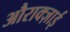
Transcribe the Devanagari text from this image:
औराक्ज़ाई